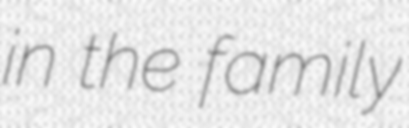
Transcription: in the family